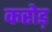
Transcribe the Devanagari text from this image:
करोड़